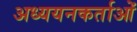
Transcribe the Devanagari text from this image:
अध्‍ययनकर्ताओं